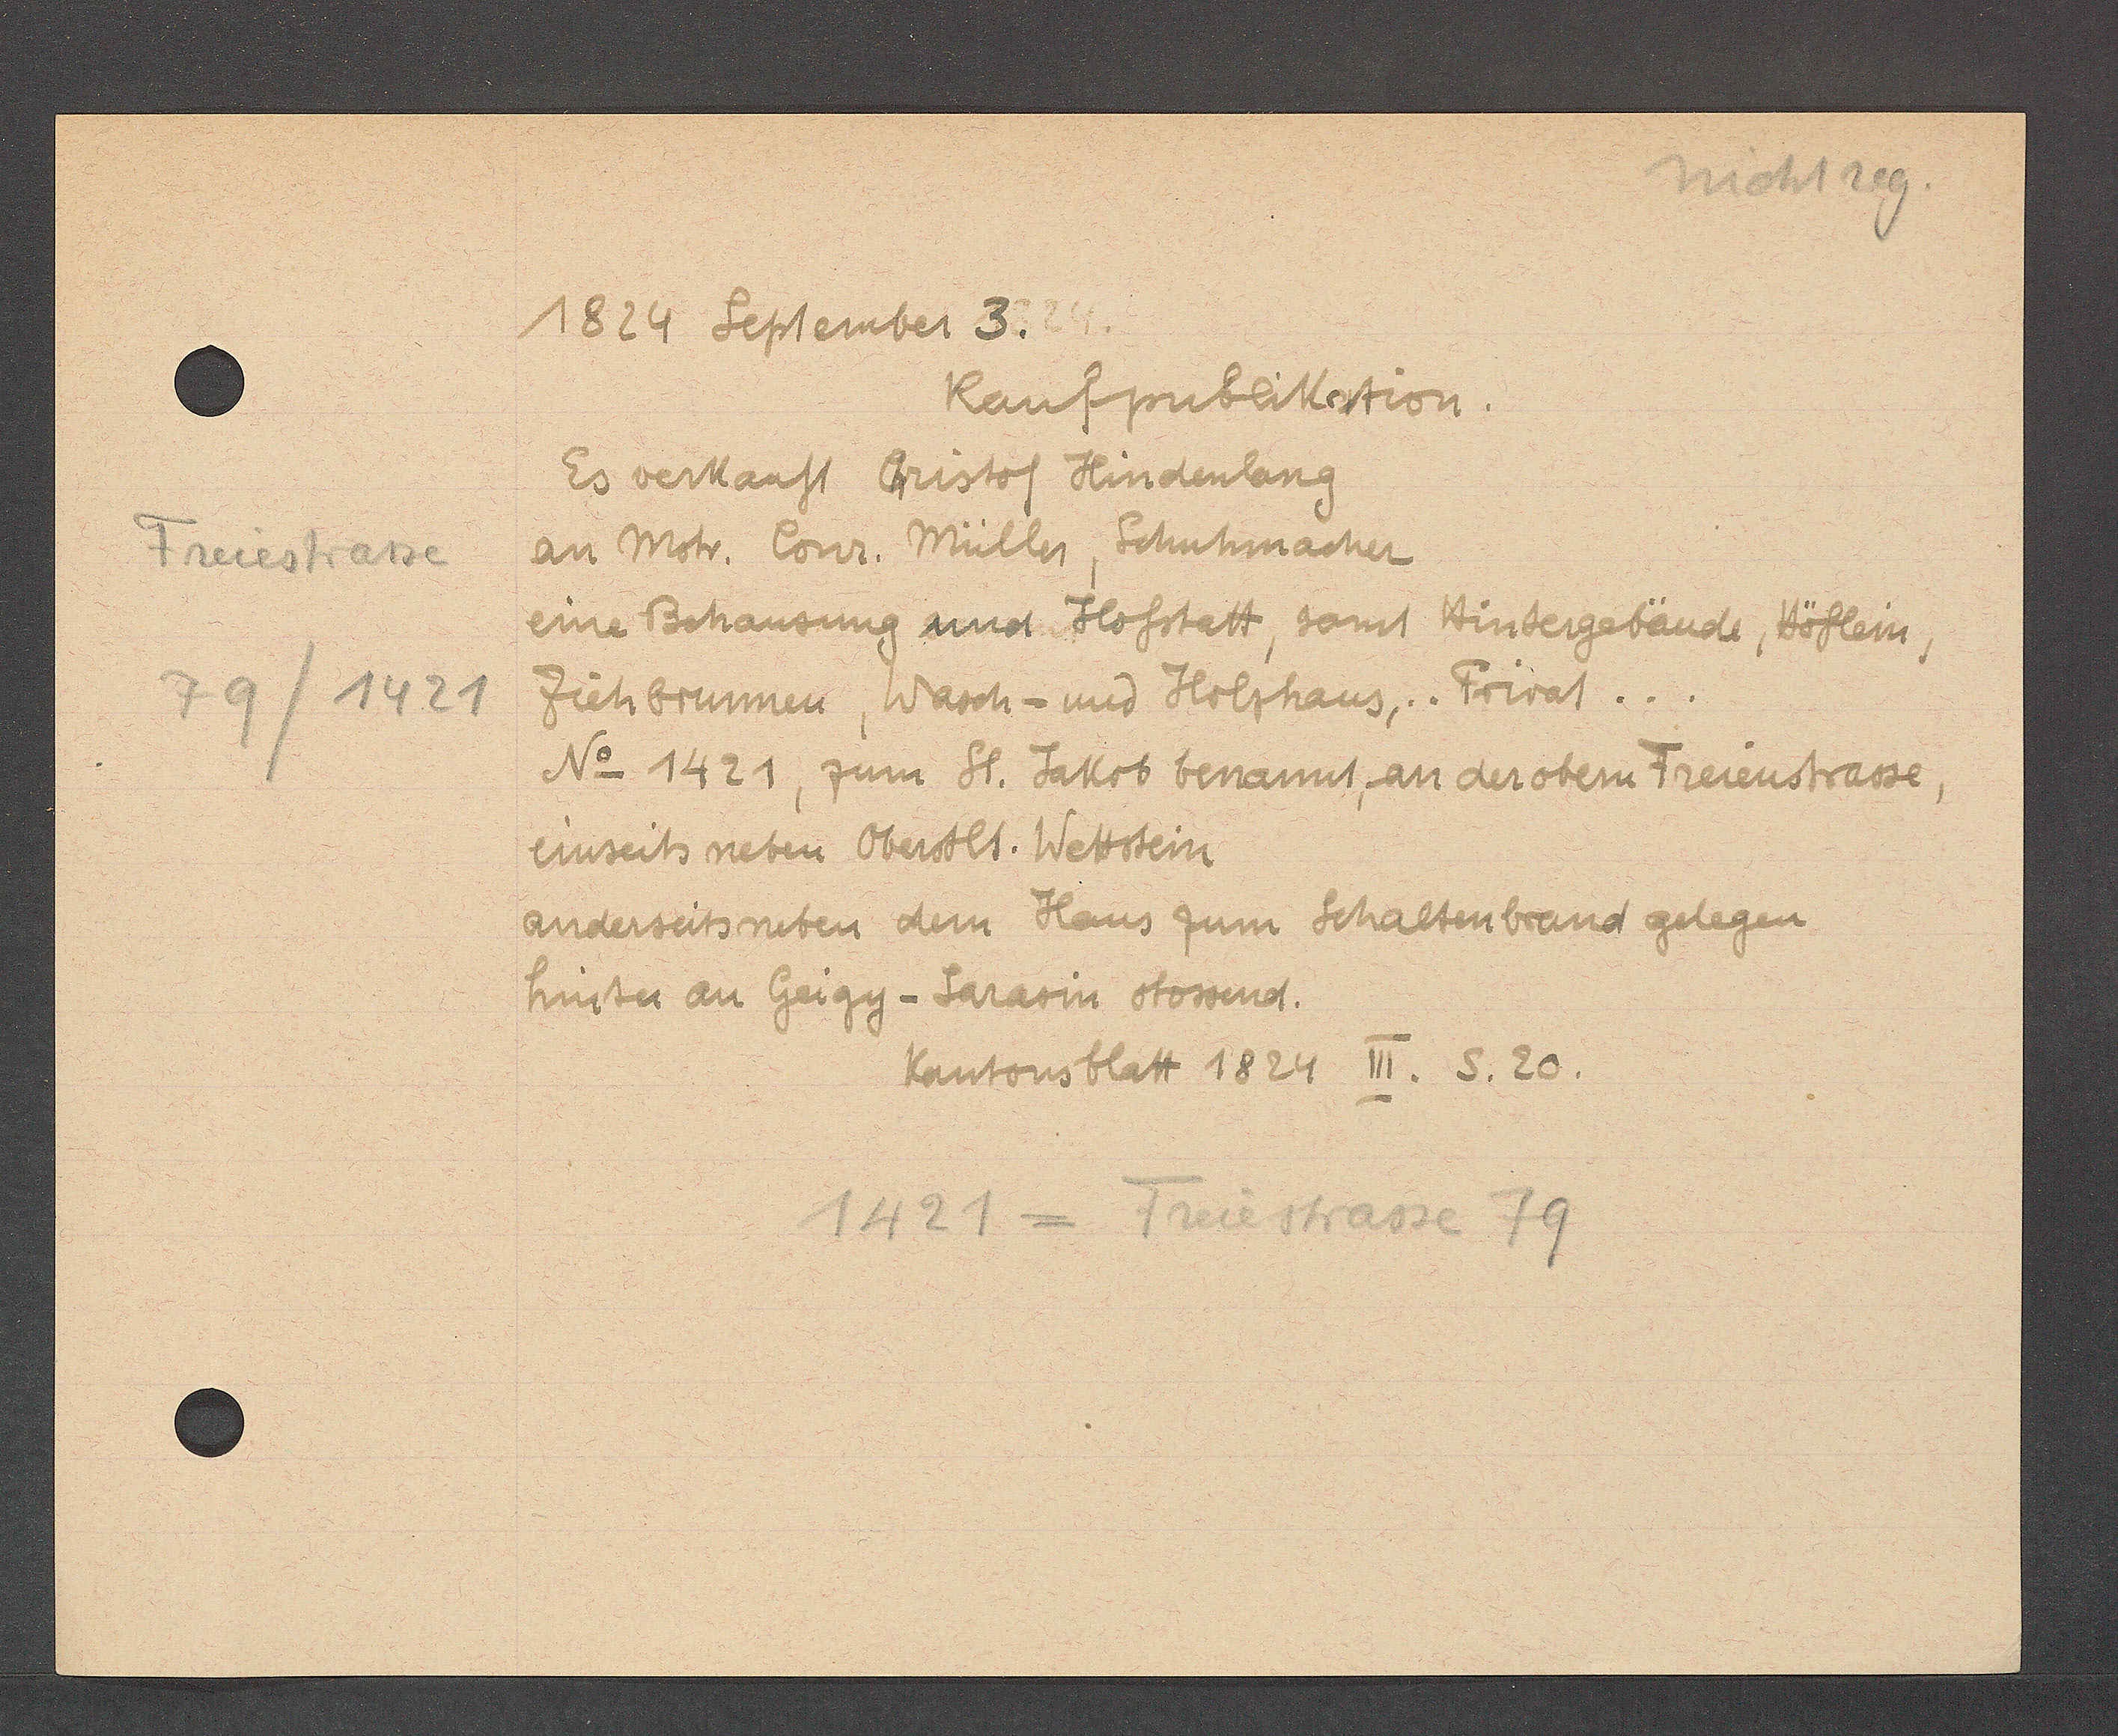
Transcript:
Freiestrasse
79/1421

1824 September 3.

Kaufpublikertion.
Es verkauft Cristof Hindenlang
an Mstr. Conr. Müller, Schuhmacher
eine Behausung und Hofstatt, samt Hintergebäude, Höflein,
Ziehbrunnen, Wasch- und Holphaus,.. Privat..
No 1421, zum St. Jakob benannt, an der obern Freienstrasse
einseits neben Oberstlt. Wettstein
anderseits neben dem Haus zum Schaltenbrand gelegen
hinter an Geigy- Sarasin stossend.

Kantonsblatt 1824 III. S. 20.

1421 = Freiestrasse 79